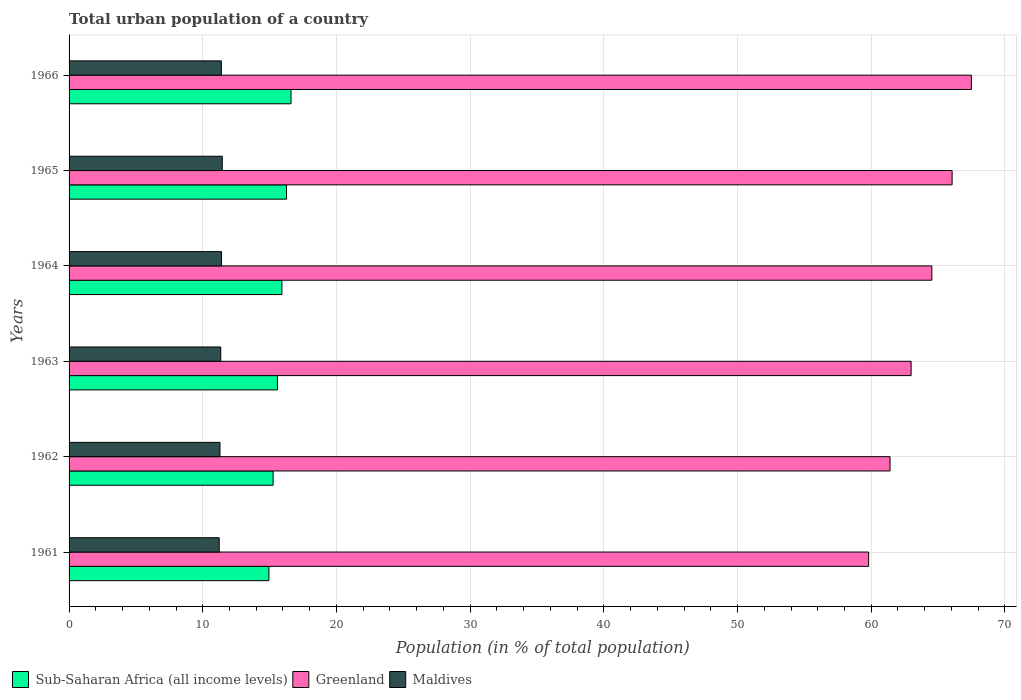
| Years | Sub-Saharan Africa (all income levels) | Greenland | Maldives |
 | --- | --- | --- | --- |
 | 1961 | 14.9 | 59.8 | 11.2 |
 | 1962 | 15.3 | 61.4 | 11.3 |
 | 1963 | 15.6 | 63 | 11.3 |
 | 1964 | 15.9 | 64.5 | 11.4 |
 | 1965 | 16.3 | 66 | 11.5 |
 | 1966 | 16.6 | 67.5 | 11.4 |